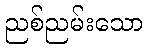
ညစ်ညမ်းသော